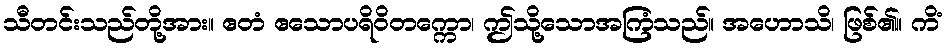
သီတင်းသည်တို့အား။ ဧတံ ဧသောပရိဝိတက္ကော၊ ဤသို့သောအကြံသည်။ အဟောသိ၊ ဖြစ်၏။ ကိံ